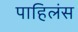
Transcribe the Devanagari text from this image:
पाहिलंस